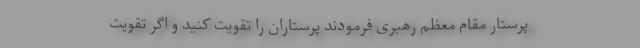
پرستار مقام معظم رهبری فرمودند پرستاران را تقویت کنید و اگر تقویت